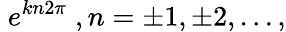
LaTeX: \; e^{kn2\pi}\; ,n=\pm 1,\pm 2,...,